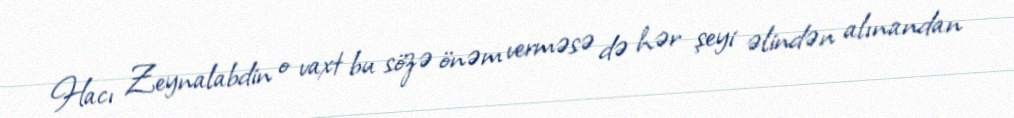
Hacı Zeynalabdin o vaxt bu sözə önəm verməsə də hər şeyi əlindən alınandan